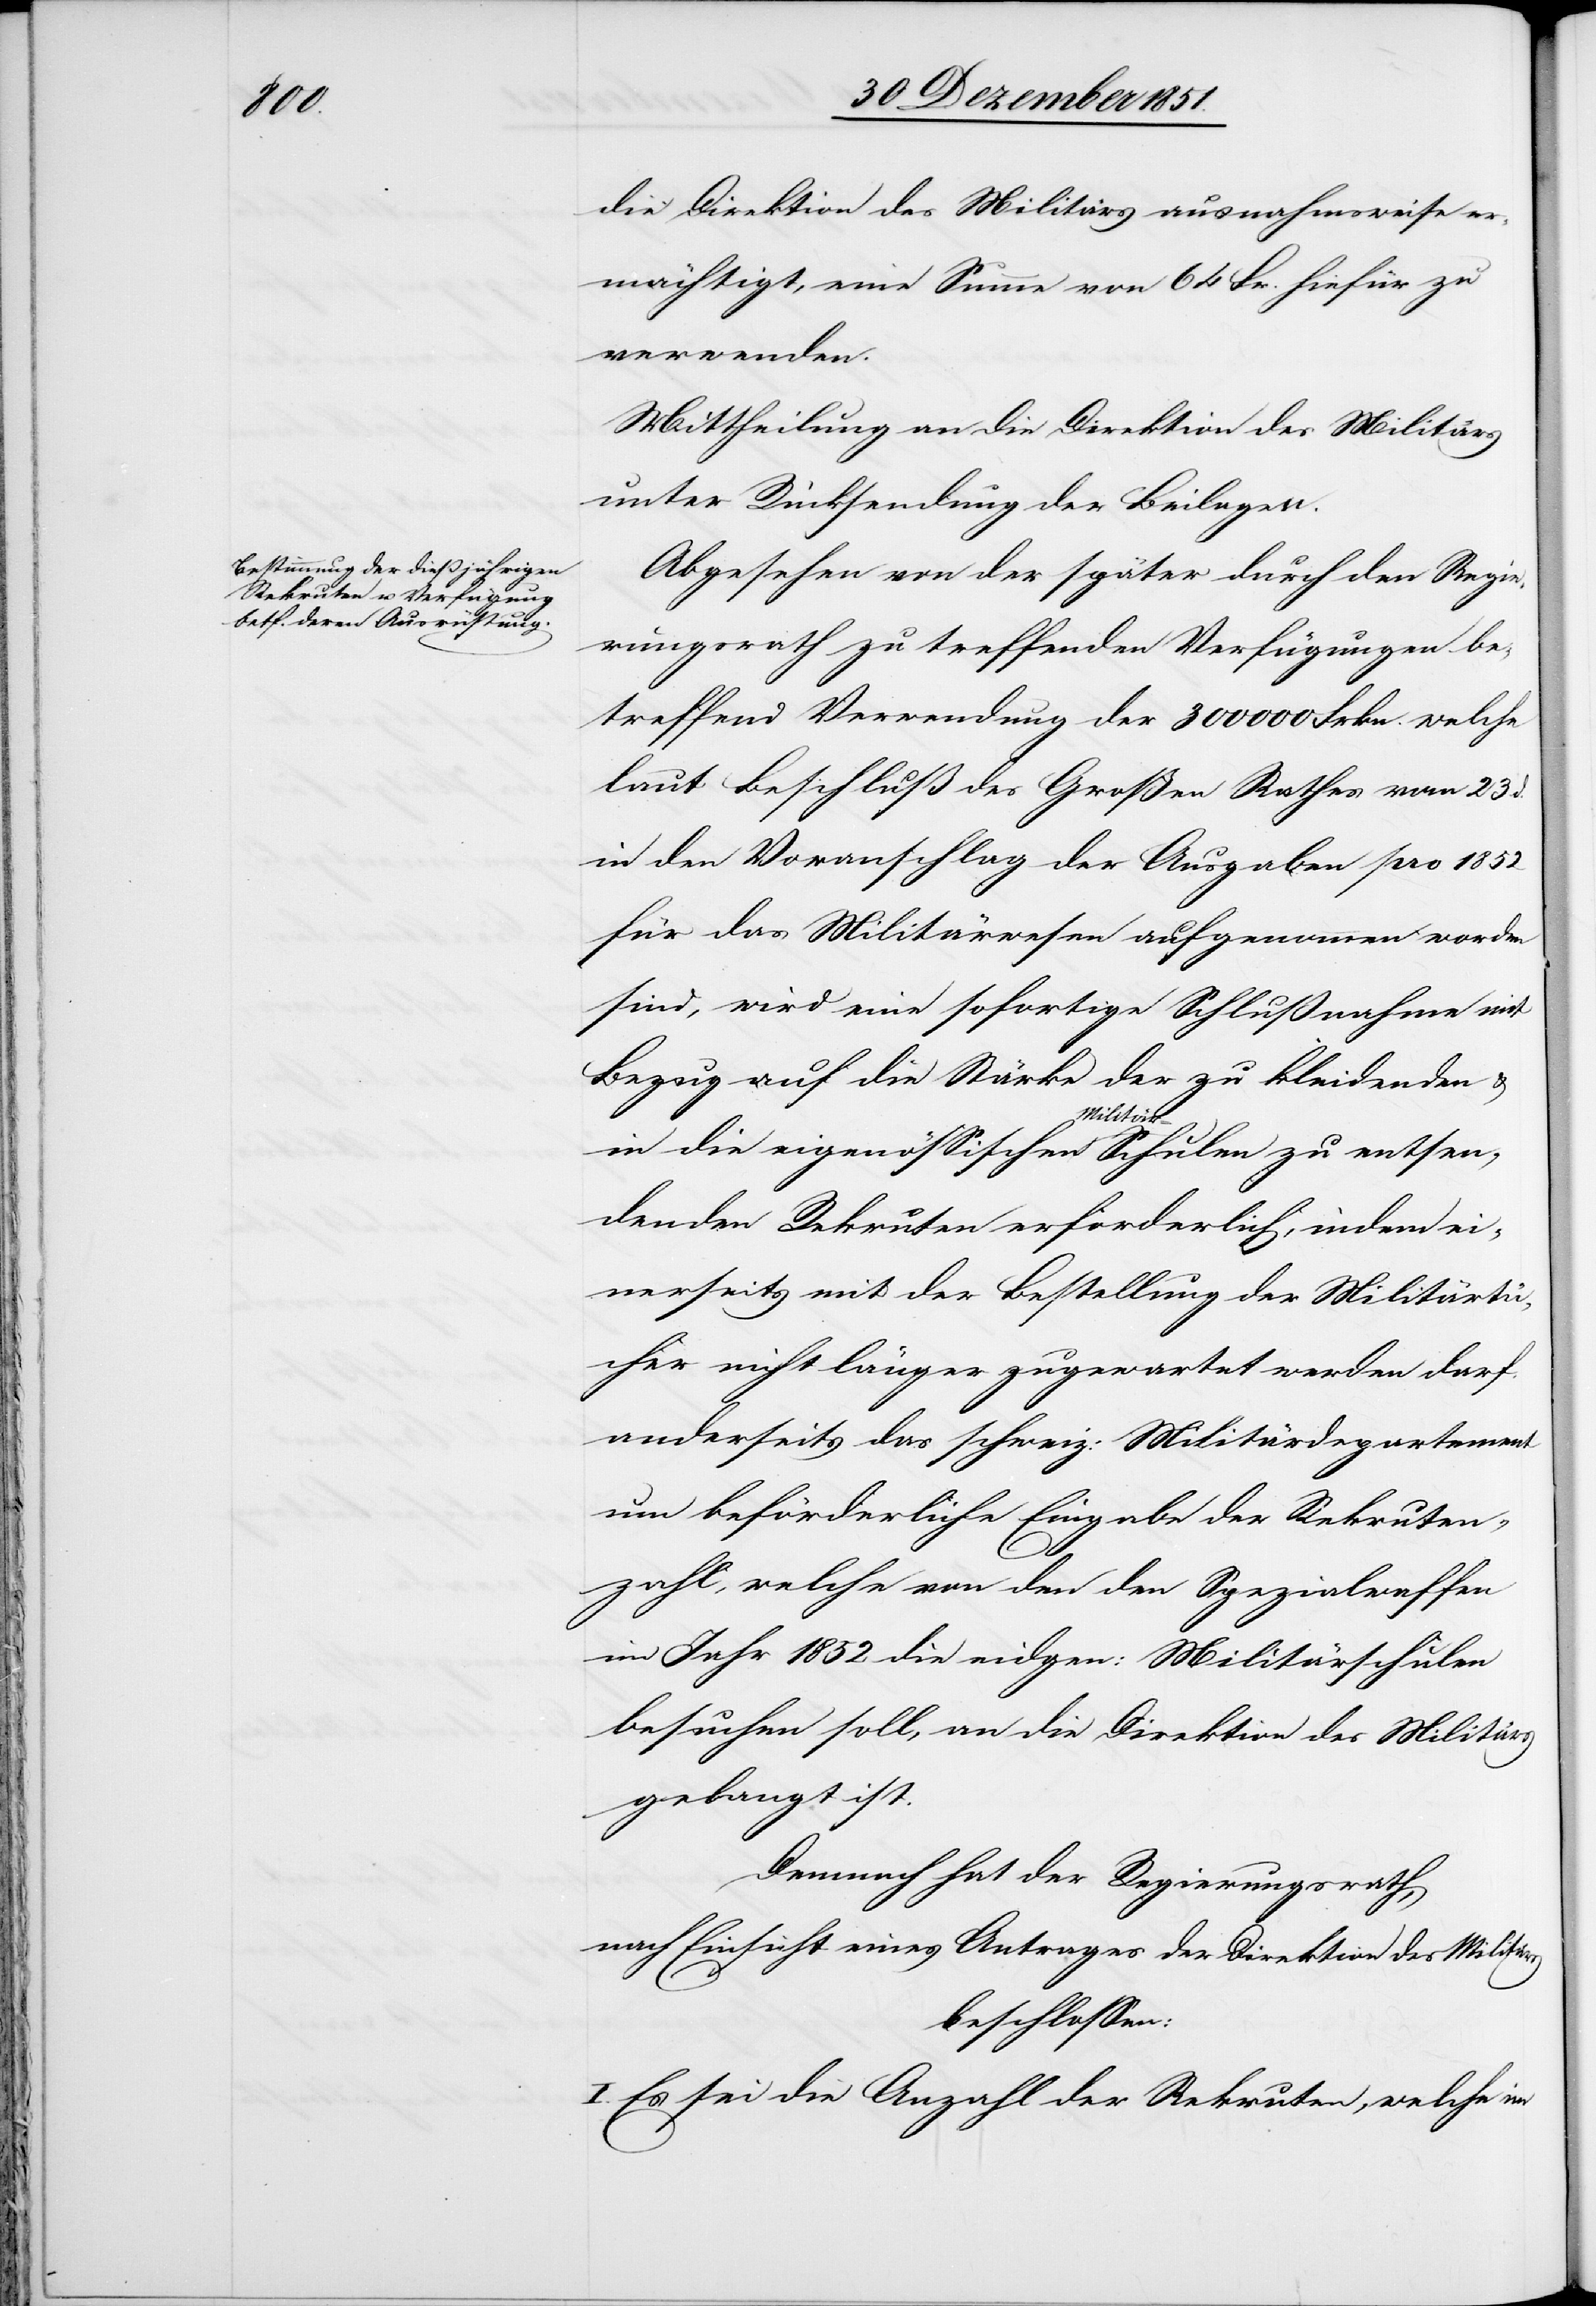
entsen¬

die Direktion des Militärs ausnahmsweise er¬
mächtigt, eine Summe von 64 Fr. hiefür zu
verwenden.
Mittheilung an die Direktion des Militärs
unter Rücksendung der Beilagen.
Abgesehen von der später durch den Regie¬
rungsrath zu treffenden Verfügungen be¬
treffend Verwendung der 300 000 Frkn. welche
laut Beschluß des Großen Rathes vom 23 d.
in den Voranschlag der Ausgaben pro 1852
für das Militärwesen aufgenommen worden
sind, wird eine sofortige Schlußnahme mit
Bezug auf die Stärke der zu kleidenden &
Militär-Sc¬
denden Rekruten erforderlich, indem ei¬
nerseits mit der Bestellung der Militärtü¬
cher nicht länger zugewartet werden darf,
anderseits das schweiz: Militärdepartement
um beförderliche Eingabe der Rekruten¬
zahl, welche von den den [sic!] Spezialwaffen
im Jahr 1852 die eidgen: Militärschulen
besuchen soll, an die Direktion des Militärs
gelangt ist.
Demnach hat der Regierungsrath,
nach Einsicht eines Antrages der Direktion des Militärs
beschlossen:
I. Es sei die Anzahl der Rekruten, welche im